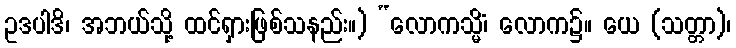
ဥဒပါဒိ၊ အဘယ်သို့ ထင်ရှားဖြစ်သနည်း။) “လောကသ္မိံ၊ လောက၌။ ယေ (သတ္တာ)၊